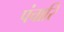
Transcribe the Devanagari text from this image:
पंचारि